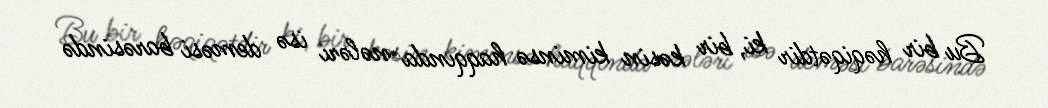
Bu bir həqiqətdir ki, bir kəsin kiminsə haqqında nələri isə deməsi barəsində